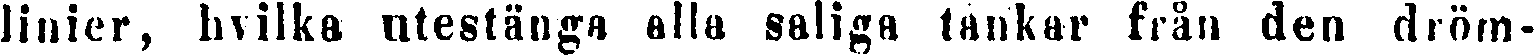
linier, hvilka utestänga alla saliga tankar från den dröm-